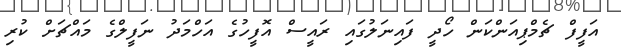
އަފީފް ޗެމްޕިއަންކަން ހޯދީ ފައިނަލުގައި ރައީސް އޮފީހުގެ އަހްމަދު ނަފީލްގެ މައްޗަށް ކުރި